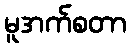
မူအက်စတာ